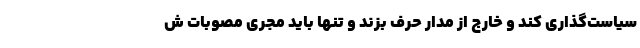
سیاست‌گذاری کند و خارج از مدار حرف بزند و تنها باید مجری مصوبات ش